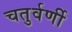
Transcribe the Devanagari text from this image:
चतुर्वर्णी